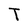
Character: T